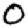
Digit: 0